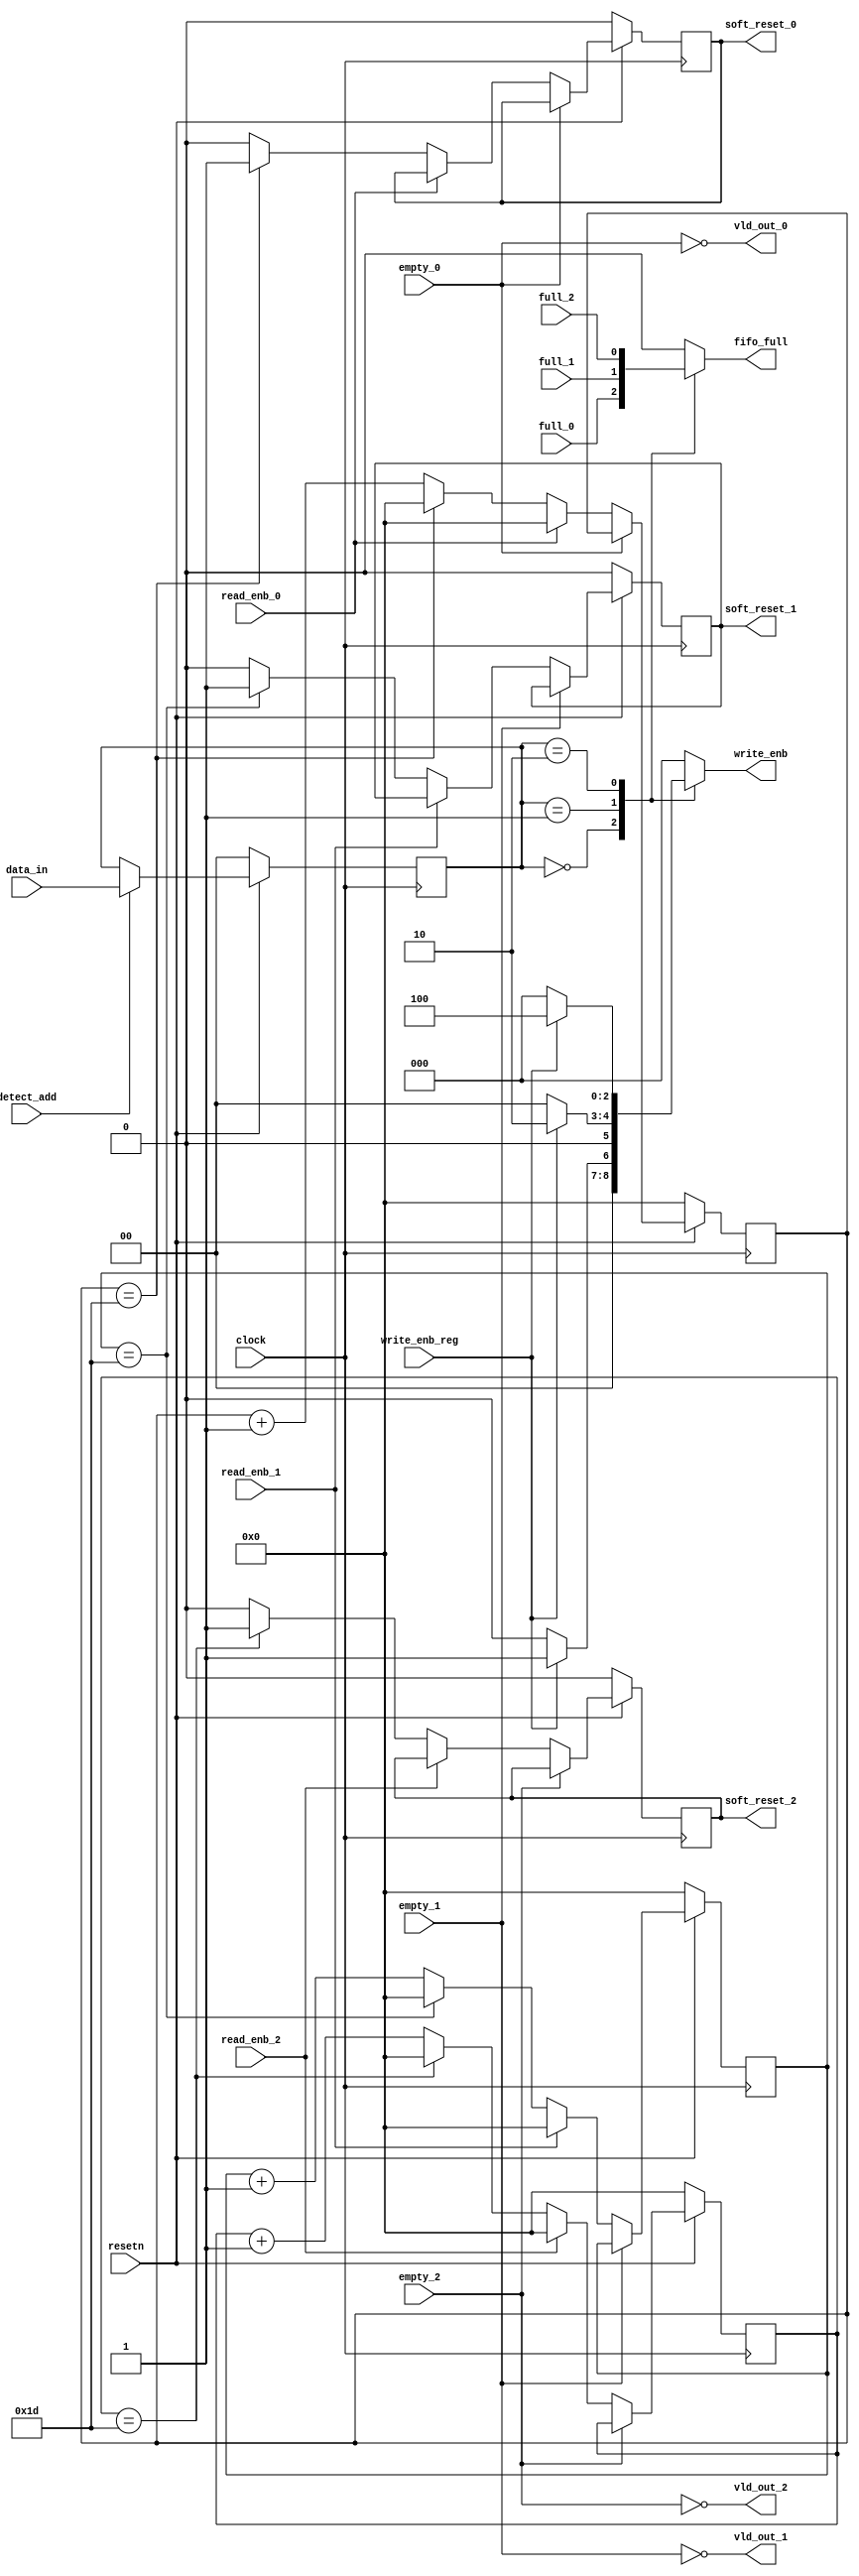
module router_sync(clock,resetn,data_in,detect_add,full_0,full_1,full_2,empty_0,empty_1,empty_2,write_enb_reg,read_enb_0,read_enb_1,read_enb_2,write_enb,fifo_full,vld_out_0,vld_out_1,vld_out_2,soft_reset_0,soft_reset_1,soft_reset_2);


	input clock,resetn,detect_add,full_0,full_1,full_2,empty_0,empty_1,empty_2,write_enb_reg,read_enb_0,read_enb_1,read_enb_2;
	input [1:0]data_in;
	output reg[2:0]write_enb;
	output reg fifo_full,soft_reset_0,soft_reset_1,soft_reset_2;
	output vld_out_0,vld_out_1,vld_out_2;

	reg [1:0] data_in_tmp;    
	reg[4:0]count0,count1,count2;  
	  
	always@(posedge clock)
	begin
	if(~resetn)
	data_in_tmp<=0;
	else if(detect_add)
	data_in_tmp<=data_in;
	end
	  
	  
	  
	//-----------Address decoding & fifo empty //Generating write enable as one hot encoding with the help of 2 bit header ---------------
	always@(*)
	  begin
		case(data_in_tmp)
		2'b00:begin
		  fifo_full<=full_0;
		  if(write_enb_reg)
		  write_enb<=3'b001;
		  else
		  write_enb<=0;
		  end
		2'b01:begin
		  fifo_full<=full_1;
		  if(write_enb_reg)
		  write_enb<=3'b010;
		  else
		  write_enb<=0;
		  end
		2'b10:begin
		  fifo_full<=full_2;
		  if(write_enb_reg)
		  write_enb<=3'b100;
		  else
		  write_enb<=0;
		  end
		default:begin
		  fifo_full<=0;
		  write_enb<=0;
		  end
		endcase
	  end
	  
	  
	  
	//-----------------------------------Valid Byte block----------------------------------

	assign vld_out_0 = (~empty_0);
	assign vld_out_1 = (~empty_1);
	assign vld_out_2 = (~empty_2);

	  
	//-----------------------------------Soft Reset block----------------------------------

	always@(posedge clock)
	  begin
	  
	  if(~resetn)
	  begin
	  count0<=0;
	  soft_reset_0<=0;
	  end

	  else if(vld_out_0)
	  begin
	  if(~read_enb_0)
	   
		begin
		if(count0==29)
		  begin
		  soft_reset_0<=1'b1;
		  count0<=0;
		  end
		else
		  begin
		  soft_reset_0<=1'b0;
		  count0<=count0+1'b1;
		  end
		end
	  else
	  count0<=0;
	  end
	  end

	always@(posedge clock)
	  begin
	  
	  if(~resetn)
	  begin
	  count1<=0;
	  soft_reset_1<=0;
	  end

	  else if(vld_out_1)
	  begin
	  if(~read_enb_1)
	   
		begin
		if(count1==29)
		  begin
		  soft_reset_1<=1'b1;
		  count1<=0;
		  end
		else
		  begin
		  soft_reset_1<=1'b0;
		  count1<=count1+1'b1;
		  end
		end
	  else
	  count1<=0;
	  end
	  end

	always@(posedge clock)
	  begin
	  
	  if(~resetn)
	  begin
	  count2<=0;
	  soft_reset_2<=0;
	  end

	  else if(vld_out_2)
	  begin
	  if(~read_enb_2)
	   
		begin
		if(count2==29)
		  begin
		  soft_reset_2<=1'b1;
		  count2<=0;
		  end
		else
		  begin
		  soft_reset_2<=1'b0;
		  count2<=count2+1'b1;
		  end
		end
	  else
	  count2<=0;
	  end
	  end

endmodule